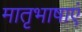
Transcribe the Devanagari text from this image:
मातृभाषाएं